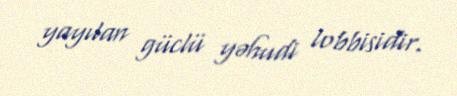
yayılan güclü yəhudi lobbisidir.